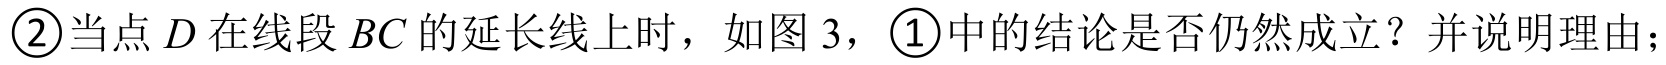
\textcircled{2}当点\(D\)在线段\(BC\)的延长线上时，如图 \(3\)，\textcircled{1}中的结论是否仍然成立？并说明理由；